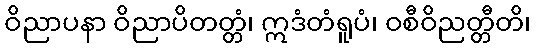
ဝိညာပနာ ဝိညာပိတတ္တံ၊ ဣဒံတံရူပံ၊ ဝစီဝိညတ္တီတိ၊